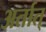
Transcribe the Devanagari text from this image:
अर्तात्